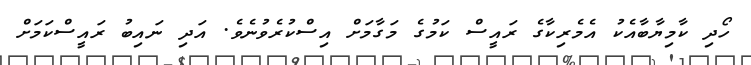
ހޯދި ކާމިޔާބާއެކު އެމެރިކާގެ ރައީސް ކަމުގެ މަގާމަށް އިސްކުރެވުނެވެ. އަދި ނައިބު ރައީސްކަމަށް